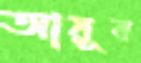
আয়ূব